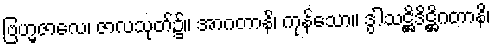
ဗြဟ္မဇာလေ၊ ဇာလသုတ်၌။ အာဂတာနိ၊ ကုန်သော။ ဒွါသဋ္ဌိဒိဋ္ဌိဂတာနိ၊